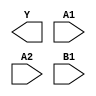
module sky130_fd_sc_lp__o21ai (
    Y ,
    A1,
    A2,
    B1
);

    output Y ;
    input  A1;
    input  A2;
    input  B1;

    // Voltage supply signals
    supply1 VPWR;
    supply0 VGND;
    supply1 VPB ;
    supply0 VNB ;

endmodule